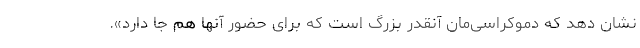
نشان دهد که دموکراسی‌مان آنقدر بزرگ است که برای حضور آنها هم جا دارد».